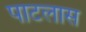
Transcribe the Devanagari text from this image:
पाटलास